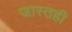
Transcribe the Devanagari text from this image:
जास्तही